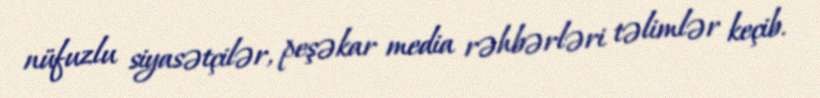
nüfuzlu siyasətçilər, peşəkar media rəhbərləri təlimlər keçib.